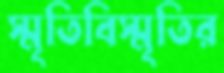
স্মৃতিবিস্মৃতির